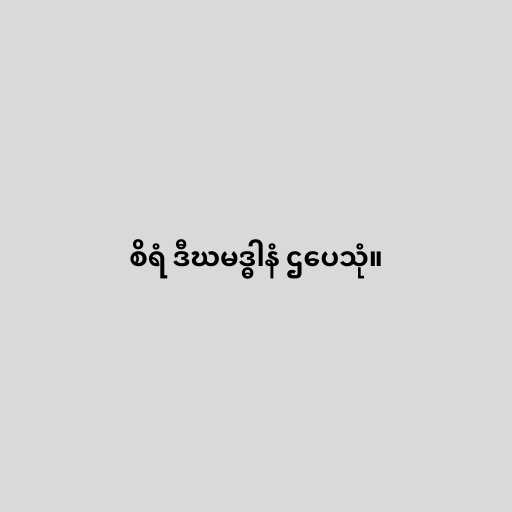
စိရံ ဒီဃမဒ္ဓါနံ ဌပေသုံ။